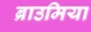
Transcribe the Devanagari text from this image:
ब्राउमिया